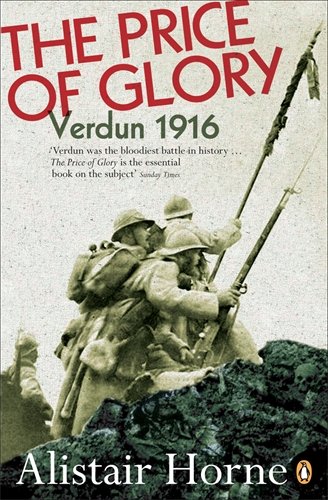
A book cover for The Price of Glory: Verdun 1916; Alistair Horne; History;